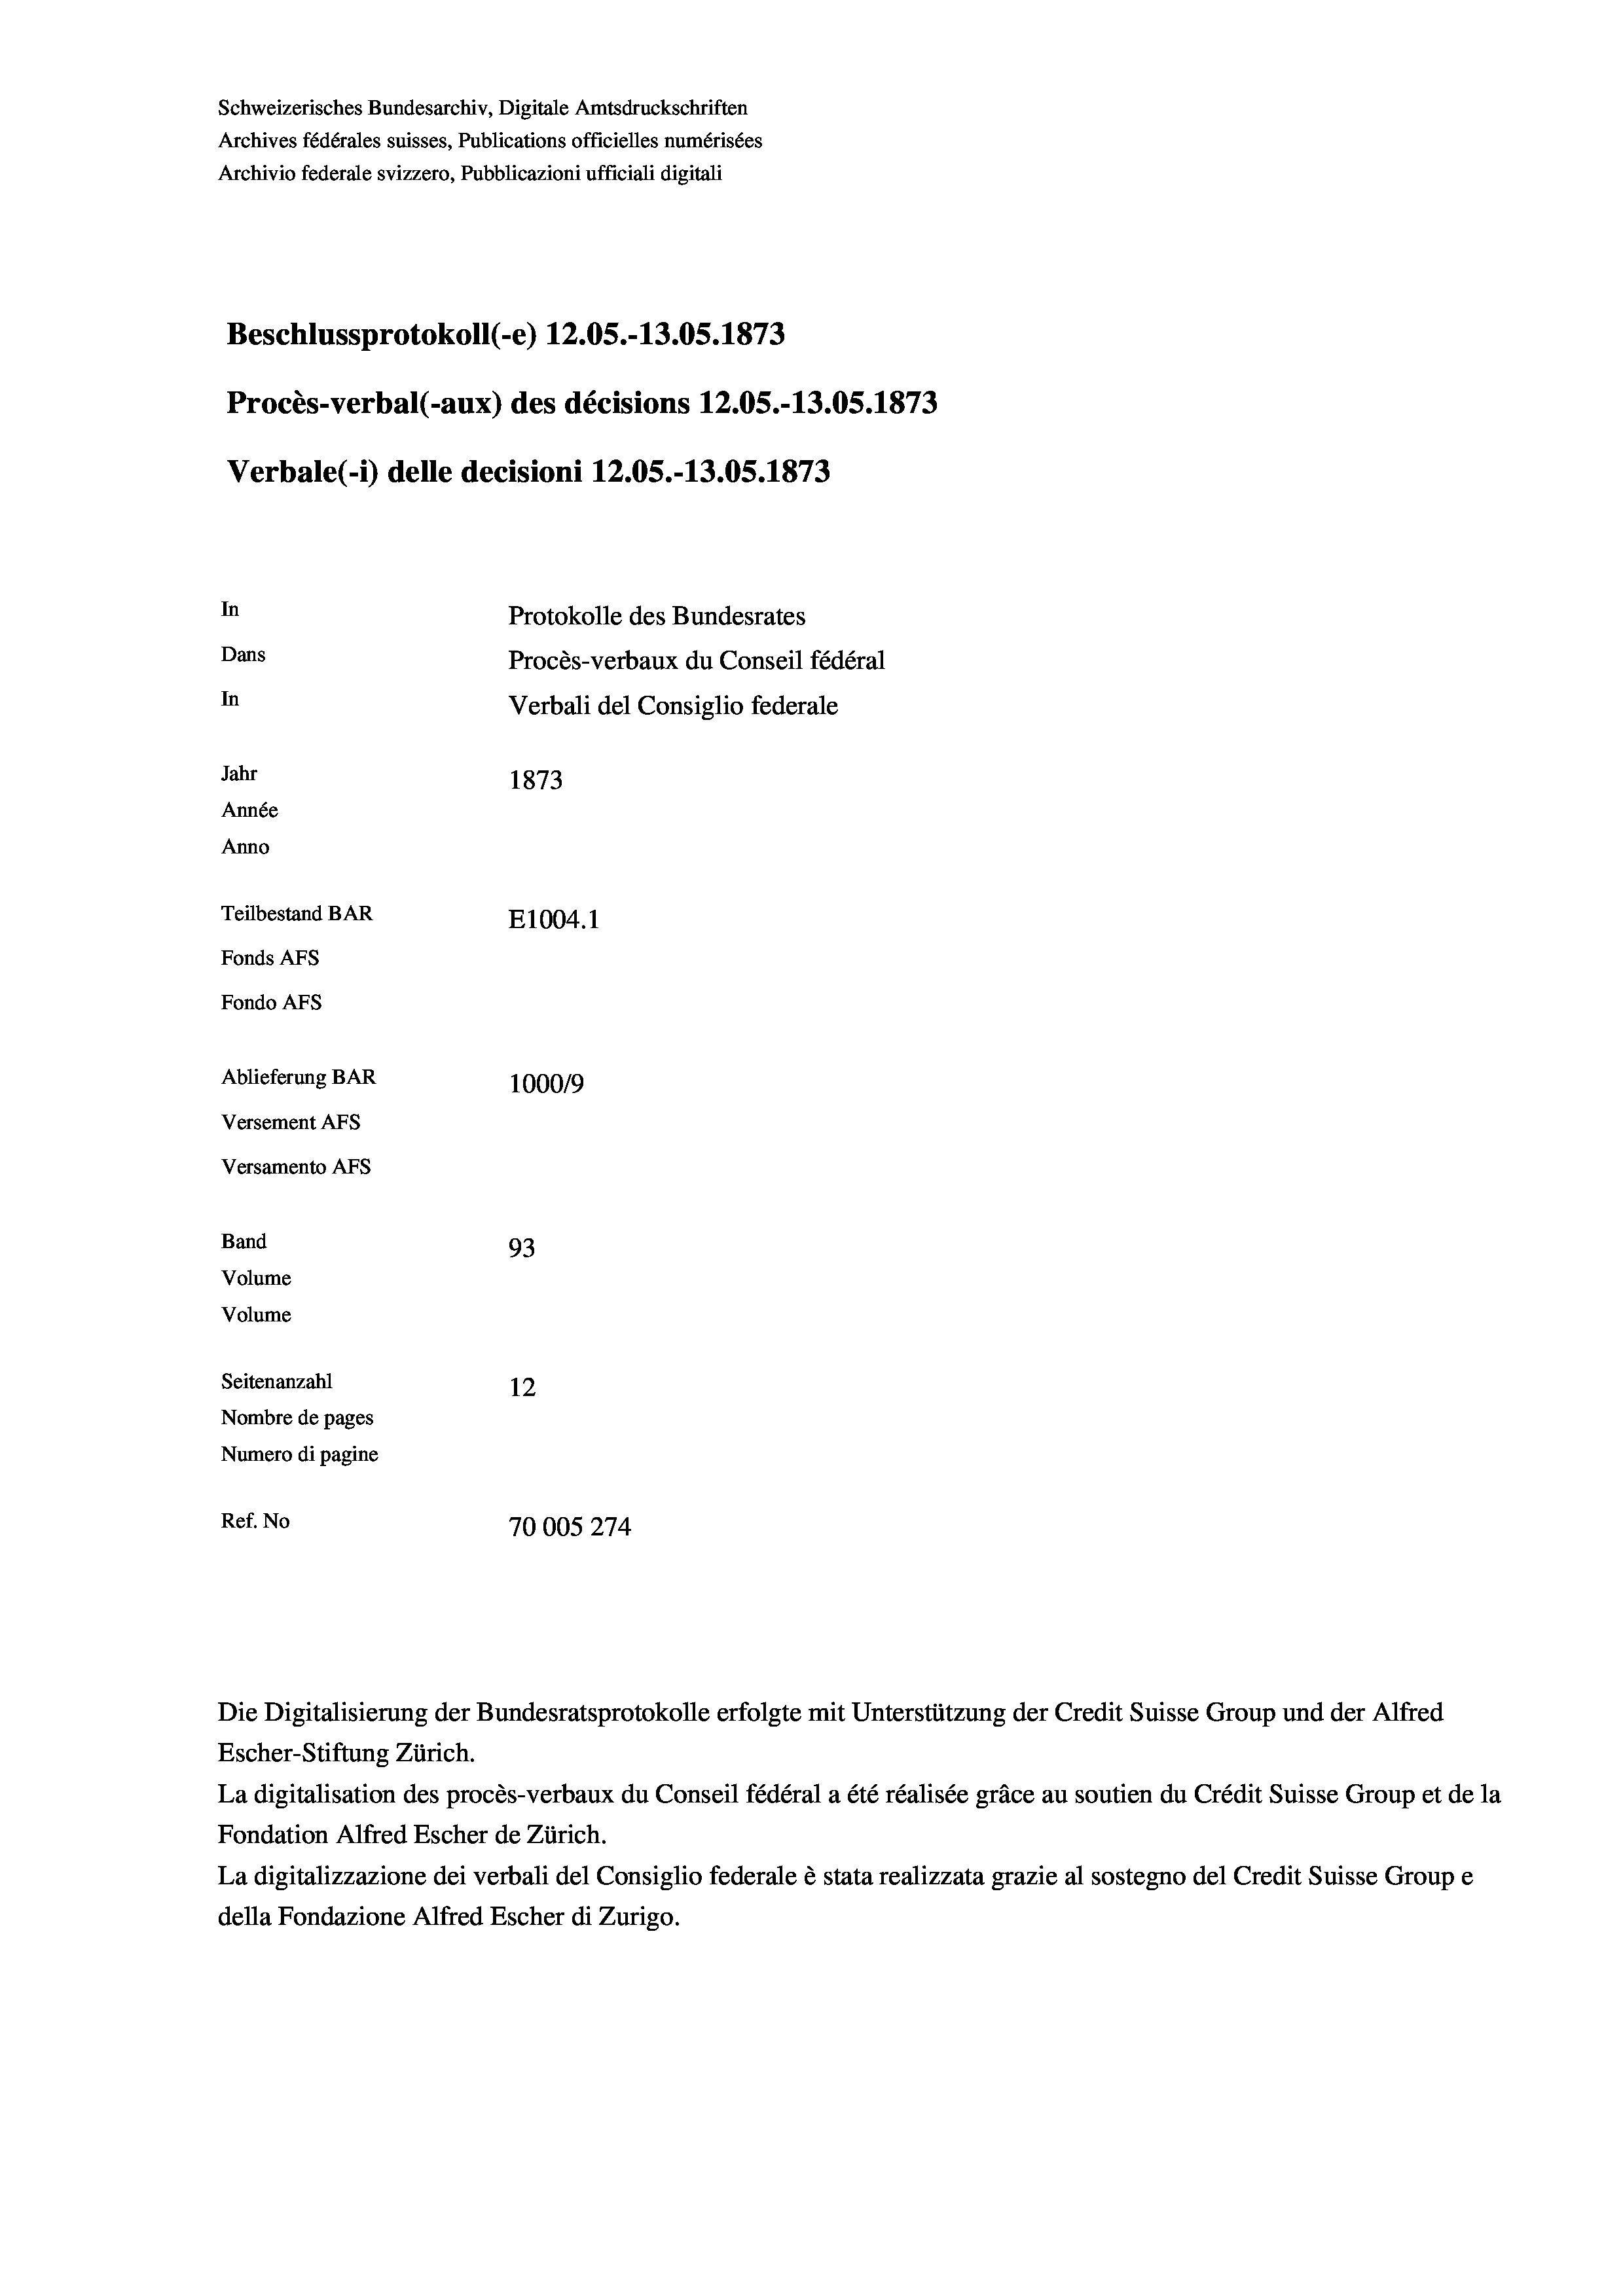
Schweizerisches Bundesarchiv, Digitale Amtsdruckschriften
Archives fédérales suisses, Publications officielles numérisées
Archivio federale svizzero, Pubblicazioni ufficiali digitali
Beschlussprotokoll (-e) 12.05.-13.05. 1873
Procès-verbal (-aux) des décisions 12.05.-13.05. 1873
Verbale (- 1) delle decisioni 12.05.-13.05. 1873
In
Protokolle des Bundesrates
Dans
Procès-verbaux du Conseil fédéral
In
Verbali del Consiglio federale
Jahr
1873
Année
Anno
Teilbestand BAR
E1004. 1
Fonds AFs
Fondo Afs
Ablieferung BAR
100019
Versement AFs
Versamento AFs
Band
93
Volume
Volume
Seitenanzahl
12
Nombre de pages
Numero di pagine
Ref. No
70005274

Die Digitalisierung der Bundesratsprotokolle erfolgte mit Unterstützung der Credit Suisse Group und der Alfred
Escher-Stiftung Zürich.
La digitalisation des procès-verbaux du Conseil fédéral a été réalisée gräce au soutien du Crédit Suisse Group et de la
Fondation Alfred Escher de Zürich.
La digitalizzazione dei verbali del Consiglio federale è stata realizzata grazie al sostegno del Credit Suisse Groupe
della Fondazione Alfred Escher di Zurigo.